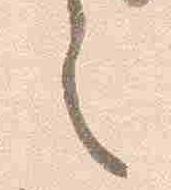
之